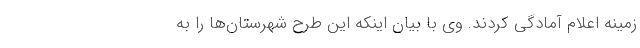
زمینه اعلام آمادگی کردند. وی با بیان اینکه این طرح شهرستان‌ها را به